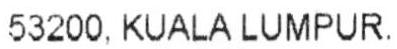
53200, KUALA LUMPUR